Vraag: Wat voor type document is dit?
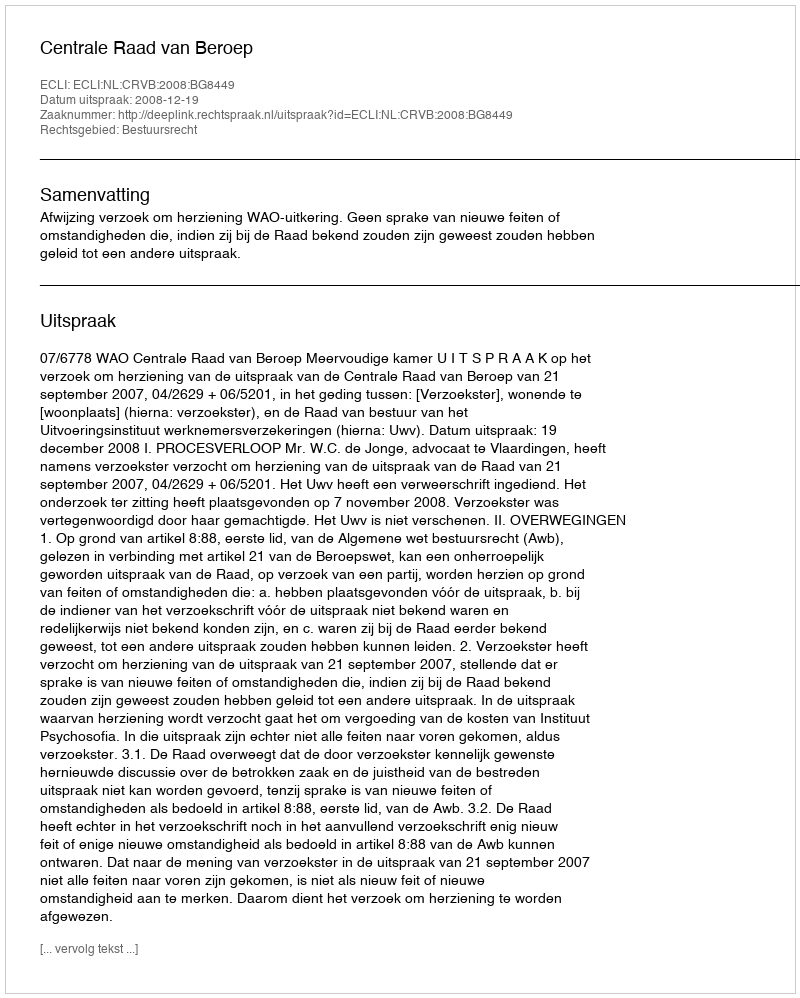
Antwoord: Uitspraak